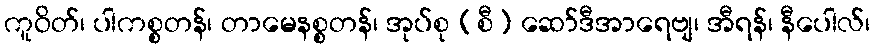
ကူဝိတ်၊ ပါကစ္စတန်၊ တာမေနစ္စတန်၊ အုပ်စု (စီ) ဆော်ဒီအာရေဗျ၊ အီရန်၊ နီပေါလ်၊